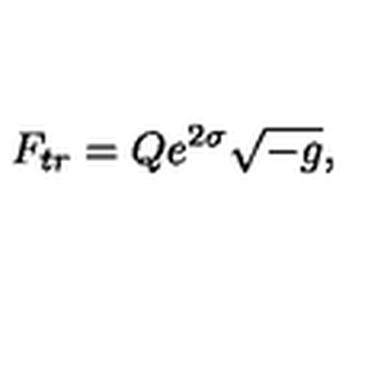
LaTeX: F _ { t r } = Q e ^ { 2 \sigma } \sqrt { - g } ,